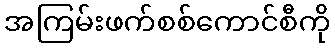
အကြမ်းဖက်စစ်ကောင်စီကို